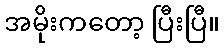
အမိုးကတော့ ပြီးပြီ။